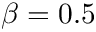
\beta = 0 . 5